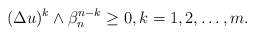
\begin{align*} \begin{aligned} (\Delta u)^{k}\wedge \beta_n ^{n-k}\geq 0, k=1,2, \dots,m.\end{aligned} \end{align*}